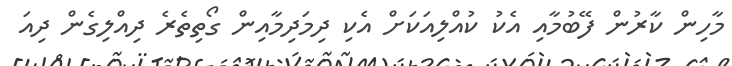
މާހިން ކާރުން ފޭބުމާއި އެކު ކުއްލިއަކަށް އެކި ދިމަދިމާއިން ގޯތިތެރެ ދިއްލިގެން ދިއަ